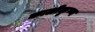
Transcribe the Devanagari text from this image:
कालीकृष्ण